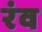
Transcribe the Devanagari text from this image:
रंव